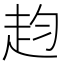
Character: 赹